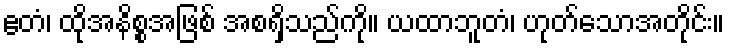
ဧတံ၊ ထိုအနိစ္စအဖြစ် အစရှိသည်ကို။ ယထာဘူတံ၊ ဟုတ်သောအတိုင်း။